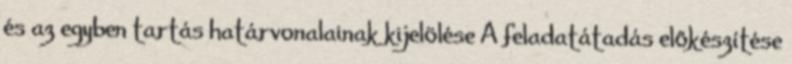
és az egyben tartás határvonalainak kijelölése A feladatátadás előkészítése